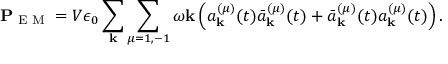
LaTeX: \mathbf { P } _ { \textrm { E M } } = V \epsilon _ { 0 } \sum _ { \mathbf { k } } \sum _ { \mu = 1 , - 1 } \omega \mathbf { k } \left( a _ { \mathbf { k } } ^ { ( \mu ) } ( t ) { \bar { a } } _ { \mathbf { k } } ^ { ( \mu ) } ( t ) + { \bar { a } } _ { \mathbf { k } } ^ { ( \mu ) } ( t ) a _ { \mathbf { k } } ^ { ( \mu ) } ( t ) \right) .